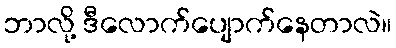
ဘာလို့ ဒီလောက်ပျောက်နေတာလဲ။